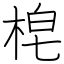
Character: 梍